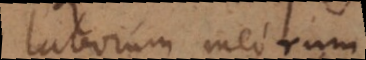
laborum meorum